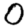
Digit: 0